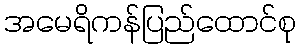
အမေရိကန်ပြည်ထောင်စု